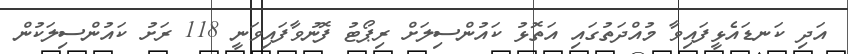
އަދި ކަނޑައެޅީފައިވާ މުއްދަތުގައި އަތޮޅު ކައުންސިލަށް ރިޕޯޓު ފޮނުވާފައިވަނީ 118 ރަށު ކައުންސިލަކުން